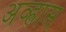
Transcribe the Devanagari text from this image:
अव्ह्रास